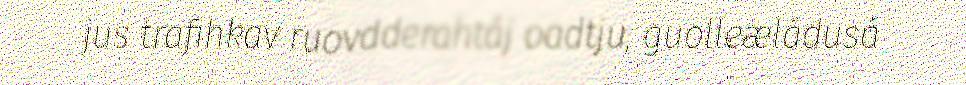
jus trafihkav ruovdderahtáj oadtju, guolleæládusá